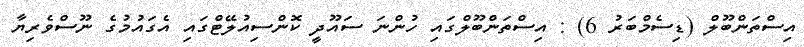
އިސްތަންބޫލް (ޑިސެމްބަރު 6) : އިސްތަންބޫލްގައި ހުންނަ ސައޫދީ ކޮންސިއުލޭޓްގައި އެގައުމުގެ ނޫސްވެރިޔާ